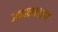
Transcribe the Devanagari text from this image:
उदाहरण२०११